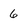
Character: 6